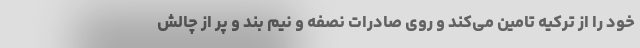
خود را از ترکیه تامین می‌کند و روی صادرات نصفه و نیم بند و پر از چالش